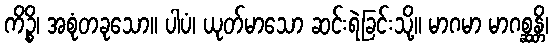
ကိဉ္စိ၊ အစုံတခုသော။ ပါပံ၊ ယုတ်မာသော ဆင်းရဲခြင်းသို့။ မာဂမာ မာဂစ္ဆန္တိ၊